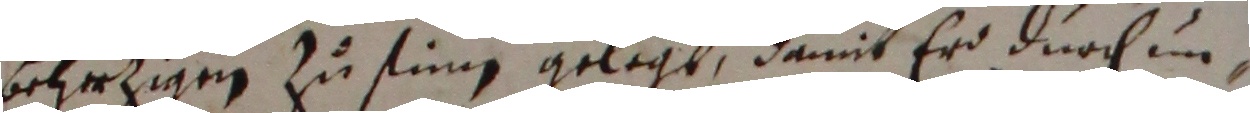
behezigen zu sting gelagt, damit er durch un